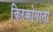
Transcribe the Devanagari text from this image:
किरकोगातां